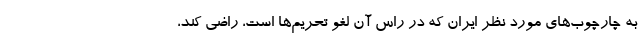
به چارچوب‌های مورد نظر ایران که در راس آن لغو تحریم‌ها است، راضی کند،